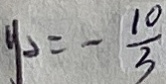
y _ { 2 } = - \frac { 1 0 } { 3 }